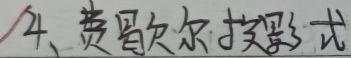
4、费歇尔投影式